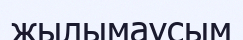
жылымаусым